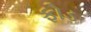
ફોડ